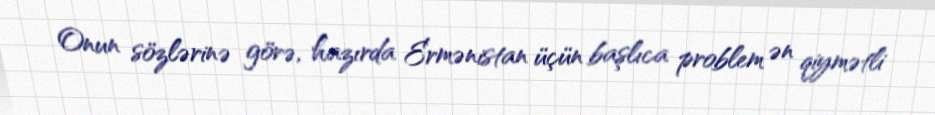
Onun sözlərinə görə, hazırda Ermənistan üçün başlıca problem ən qiymətli